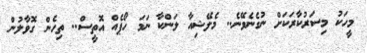
މީހަކު މިސަރުކާރަކަށް ނުގެނެވޭނެ.. މެލޭޝިއާ ލަންކާ ނަމަ ހޯޕެއް އޮތީސް.. ތިހެން ގޮވާލުން